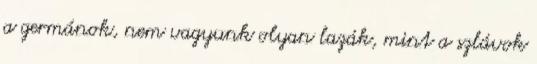
a germánok, nem vagyunk olyan lazák, mint a szlávok